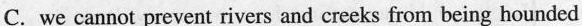
C.we cannot prevent rivers and creeks from being hounded